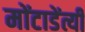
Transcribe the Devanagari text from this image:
मोंटाडेंत्यी